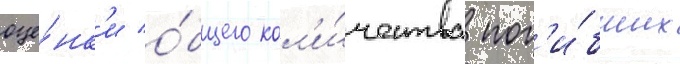
оце́нк'и о́бщего кол'и́чества пог'и́бших